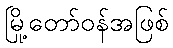
မြို့တော်ဝန်အဖြစ်